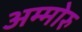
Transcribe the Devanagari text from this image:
अम्मोरु